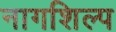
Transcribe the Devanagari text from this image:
नागशिल्प